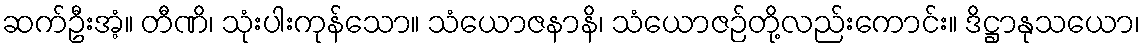
ဆက်ဦးအံ့။ တီဏိ၊ သုံးပါးကုန်သော။ သံယောဇနာနိ၊ သံယောဇဉ်တို့လည်းကောင်း။ ဒိဋ္ဌာနုသယော၊